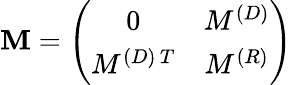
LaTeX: \mathbf{M}=\left(\begin{array}{cc}{{0}}&{{M^{(D)}}}\\ {{M^{(D)\, T}}}&{{M^{(R)}}}\end{array}\right)